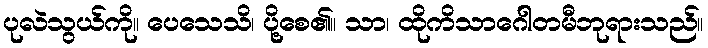
ပုလဲသွယ်ကို။ ပေသေသိ၊ ပို့စေ၏။ သာ၊ ထိုကိသာဂေါတမီဘုရားသည်။